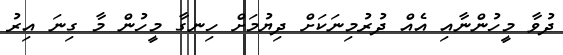
ދުވާ މީހުންނާއި އެއް ދުރުމިނަކަށް ދިޔުމަށް ހިނގާ މީހުން މާ ގިނަ އިރު